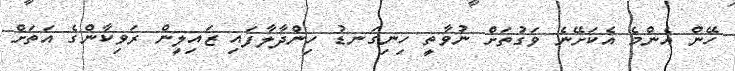
ހޭން އެންމެ އެކަށޭނެ ވަގުތަށް ނުވާތީ ހިނިގަނޑު ހިންދާލާފައި ޒައިލީން ރަވިކާންގެ އަތަށް